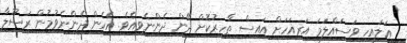
ޢަލައިހި ވަސައްލަމަ އަރިއަހަށް އައިސް ޠާހިރުކޮށް ދޭން ދެންނެވިއެވެ. އެހެން ދެންނެވުމުން ރަސޫލާ